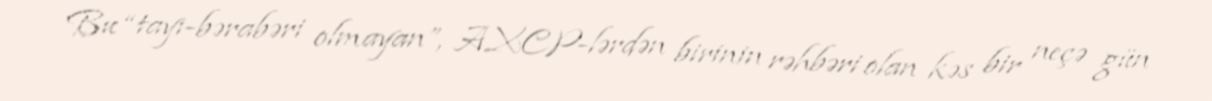
Bu “tayı-bərabəri olmayan”, AXCP-lərdən birinin rəhbəri olan kəs bir neçə gün